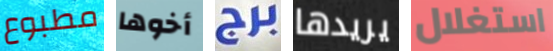
مطبوع أخوها برج يريدها استغلال